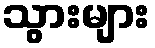
သွားများ